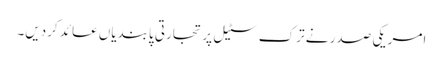
امریکی صدر نے ترک سٹیل پر تجارتی پابندیاں عائد کردیں۔